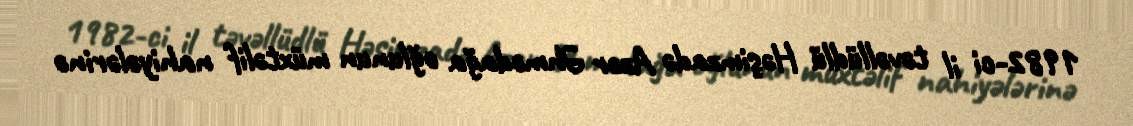
1982-ci il təvəllüdlü Həşimzadə Azər Əhmədağa oğlunun müxtəlif nahiyələrinə